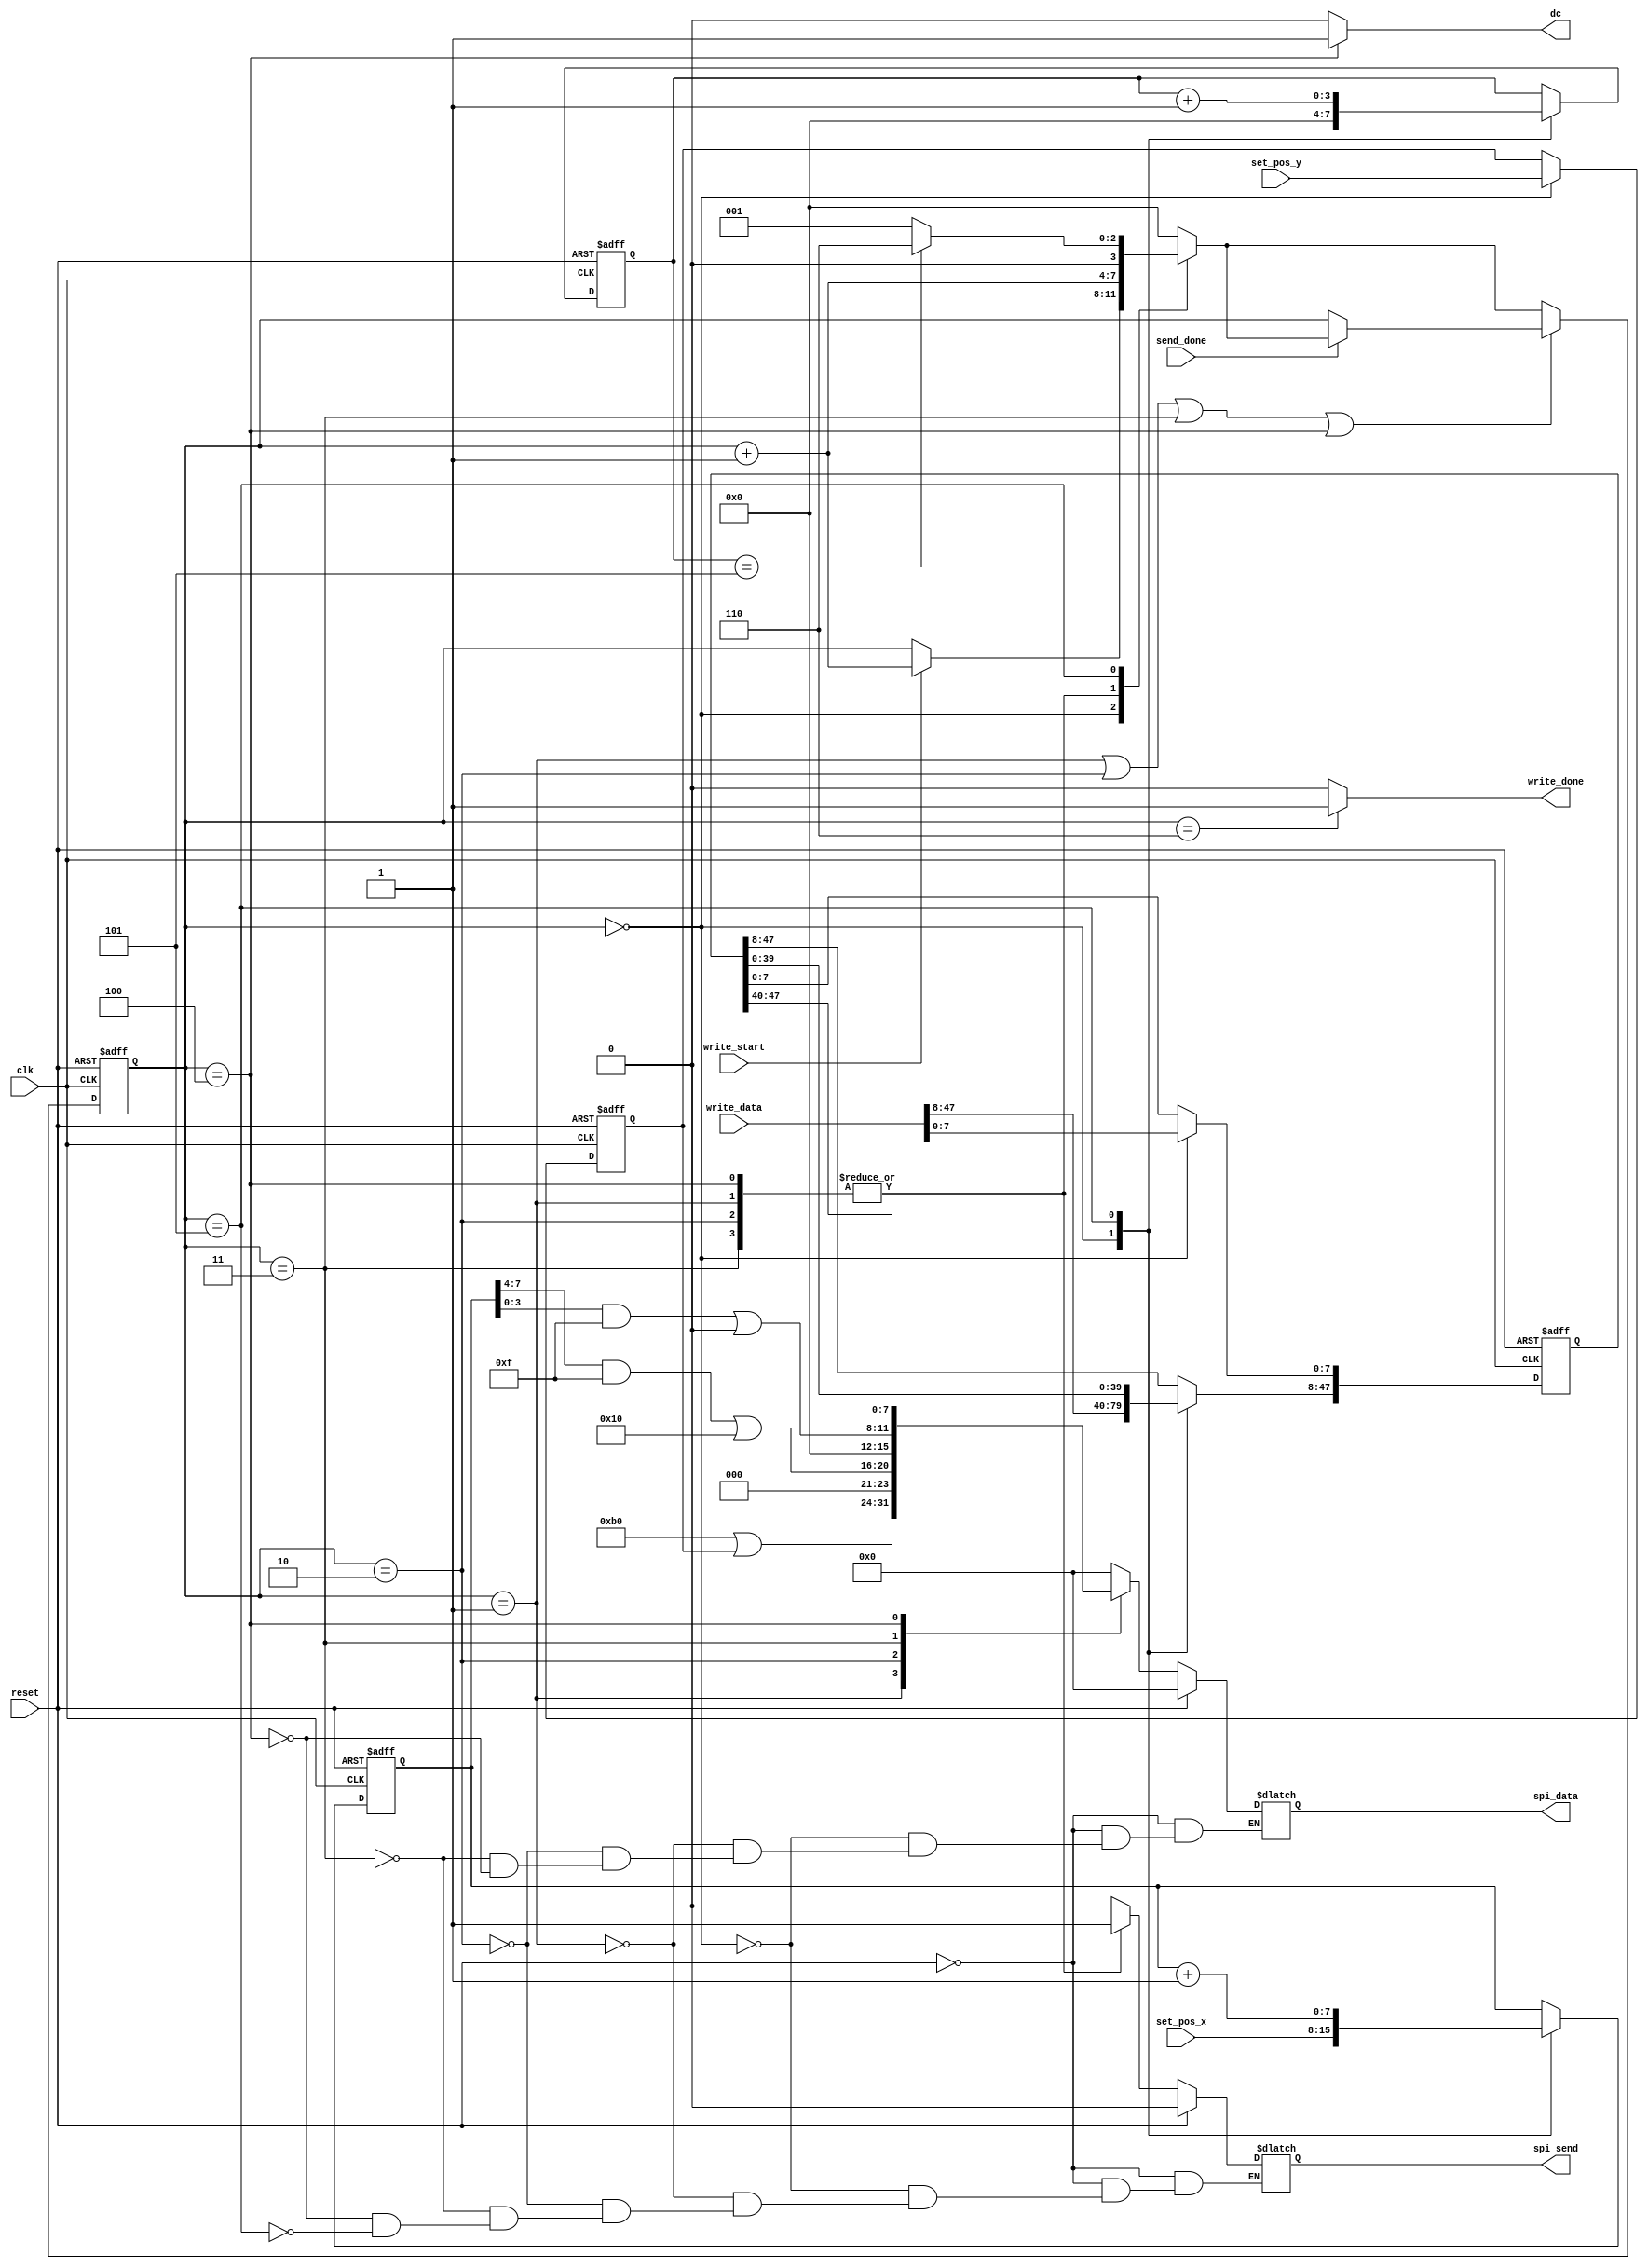
module oled_write_data(
    input clk,
    input reset,
    input send_done,
    input [47:0]write_data,
    input [7:0]set_pos_x,
    input [7:0]set_pos_y,
    input write_start,
    output reg spi_send,
    output reg[7:0] spi_data,
    output dc,
    output write_done
);

    assign dc=(cur_st==4)?1:0; // 只有4状态传输数据
    assign write_done=(cur_st==6)?1:0;
    //assign spi_send=(cur_st==1 | 2 | 3 | 4)?1:0; // 之后模块解释此句

    reg [7:0]x_tmp,y_tmp;  
    wire [7:0]  Set_pos_0=8'hb0 | y_tmp,
                Set_pos_1= (x_tmp[7:4] & 4'hf) | 8'h10,
                Set_pos_2= (x_tmp[3:0] & 4'hf) | 8'h00;
    
    reg [47:0]write_data_tmp;
    reg [3:0]count;

    reg [3:0]cur_st,nxt_st;
    always@(posedge clk or posedge reset)
        if(reset)
            cur_st<=0;
        else if(cur_st==1 | cur_st==2 | cur_st==3 | cur_st==4 ) 
           begin if(send_done)  cur_st<=nxt_st; end
        else cur_st<=nxt_st;
    always@(*) begin
        nxt_st=cur_st;
        case(cur_st)
            0:begin if(write_start)  nxt_st=cur_st+1; end
            1:begin                  nxt_st=cur_st+1; end
            2:begin                  nxt_st=cur_st+1; end
            3:begin                  nxt_st=cur_st+1; end
            4:begin                  nxt_st=cur_st+1; end  
            5:if(count==5) nxt_st=6; else nxt_st=1;
            6:nxt_st=0; 
            default:nxt_st=0;
        endcase
    end
    
    always@(*)
        if(reset) begin
            spi_data=0;
            spi_send=0;
        end
        else begin 
            case(cur_st)
                0:begin spi_data = 0;                      spi_send=0;    end 
                1:begin spi_data = Set_pos_0;              spi_send=1;    end
                2:begin spi_data = Set_pos_1;              spi_send=1;    end
                3:begin spi_data = Set_pos_2;              spi_send=1;    end      
                4:begin spi_data = write_data_tmp[47:40];  spi_send=1;    end
                5:spi_send=0;
            endcase
        end

    always@(posedge clk or posedge reset)
        if(reset) begin
            x_tmp<=0;
            y_tmp<=0;
            write_data_tmp<=0;
            count<=0;
        end
        else begin 
            case(cur_st)
                0:begin
                    x_tmp<=set_pos_x;
                    y_tmp<=set_pos_y;
                    write_data_tmp<=write_data;
                    count<=0;
                  end
                5:begin // 从第4页开始从左到右每个字母扫六列
                    //if(x_tmp>122) y_tmp<=y_tmp+1;
                    x_tmp<=x_tmp+1;
                    write_data_tmp[47:8]<=write_data_tmp[39:0];
                    count<=count+1;
                  end
            endcase
        end
endmodule